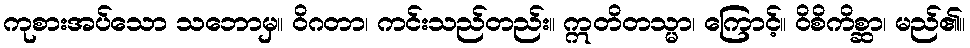
ကုစားအပ်သော သဘောမှ။ ဝိဂတာ၊ ကင်းသည်တည်း။ ဣတိတသ္မာ၊ ကြောင့်။ ဝိစိကိစ္ဆာ၊ မည်၏။